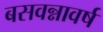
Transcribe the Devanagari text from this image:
बसवन्नावर्ष